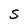
Character: S